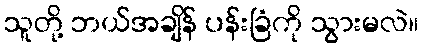
သူတို့ ဘယ်အချိန် ပန်းခြံကို သွားမလဲ။